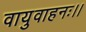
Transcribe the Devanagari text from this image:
वायुवाहनः।।